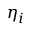
\eta _ { i }